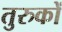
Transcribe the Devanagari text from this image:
तुरुकों